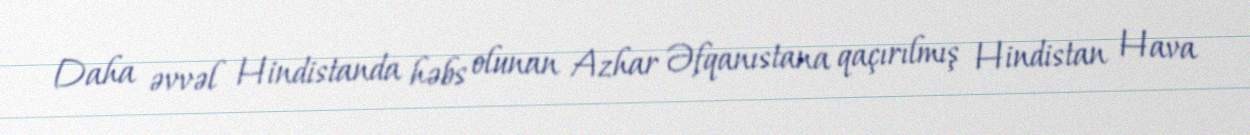
Daha əvvəl Hindistanda həbs olunan Azhar Əfqanıstana qaçırılmış Hindistan Hava